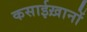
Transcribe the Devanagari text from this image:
कसाईख़ानों